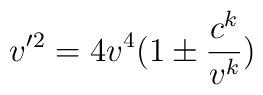
v'^2 = 4 v^4 (1 \pm {c^k \over v^k})